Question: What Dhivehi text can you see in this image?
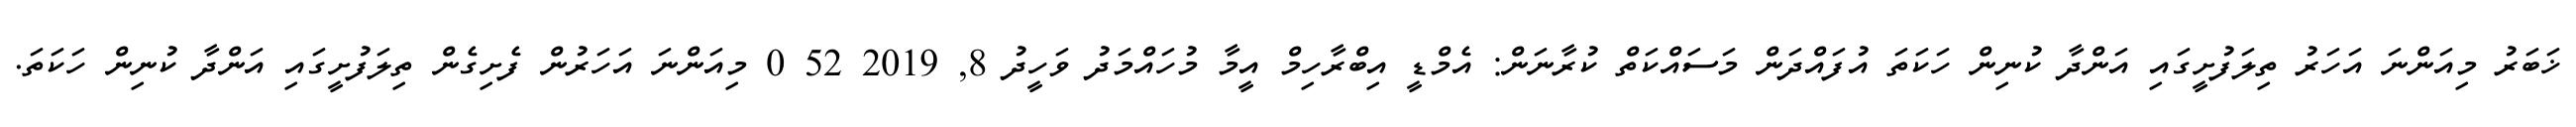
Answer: ޚަބަރު މިއަންނަ އަހަރު ތިލަފުށީގައި އަންދާ ކުނިން ހަކަތަ އުފައްދަން މަސައްކަތް ކުރާނަން: އެމްޑީ އިބްރާހިމް އީމާ މުހައްމަދު ވަހީދު 8, 2019 52 0 މިއަންނަ އަހަރުން ފެށިގެން ތިލަފުށީގައި އަންދާ ކުނިން ހަކަތަ.